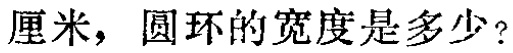
厘米，圆环的宽度是多少？